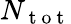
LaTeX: N_{\mathrm{~t~o~t~}}